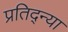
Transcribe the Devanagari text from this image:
प्रतिद्न्या